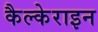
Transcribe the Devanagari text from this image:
कैल्‍केराइन